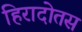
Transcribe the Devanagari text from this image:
हिरादोतस